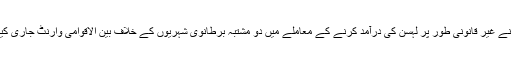
سویڈن نے غیر قانونی طور پر لہسن کی درآمد کرنے کے معاملے میں دو مشتبہ برطانوی شہریوں کے خلاف بین الاقوامی وارنٹ جاری کیے ہیں۔